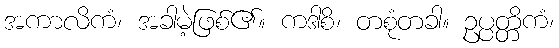
အကာလိကံ၊ အခါမဲ့ဖြစ်၏။ ကဒါစိ၊ တစုံတခါ။ ဥပ္ပတ္တိကံ၊